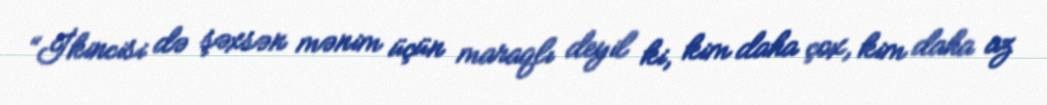
“İkincisi də şəxsən mənim üçün maraqlı deyil ki, kim daha çox, kim daha az